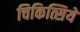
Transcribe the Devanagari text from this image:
चिकित्सिये